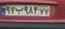
۹۷ب۹۸۴۷۷